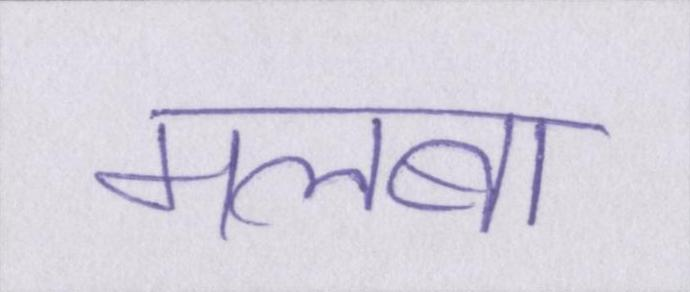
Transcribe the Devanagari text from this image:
मलबा